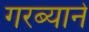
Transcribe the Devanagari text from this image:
गरब्याने